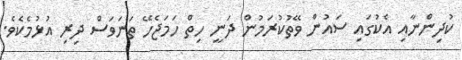
ކުދިންނާއި އެކުގައި ސައުން ވޭތުކުރަމުން ދަނީ ހިތް ހަމަޖެހޭ ތަނަވަސް ދިރި އުޅުމެކެވެ.